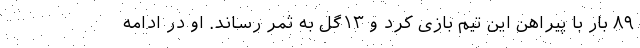
۸۹ بار با پیراهن این تیم بازی کرد و ۱۳گل به ثمر رساند. او در ادامه